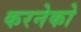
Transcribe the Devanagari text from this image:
करनेको